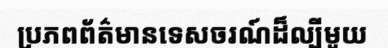
ប្រភពព័ត៌មានទេសចរណ៍ដ៏ល្បីមួយ